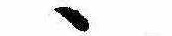
ゝ